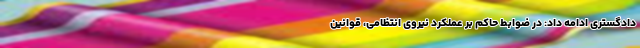
دادگستری ادامه داد: در ضوابط حاکم بر عملکرد نیروی انتظامی، قوانین